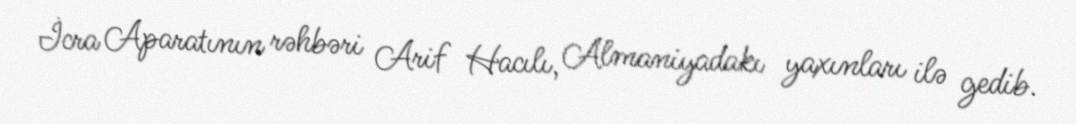
İcra Aparatının rəhbəri Arif Hacılı, Almaniyadakı yaxınları ilə gedib.